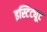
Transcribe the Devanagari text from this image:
इस्टिट्यूट